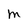
Character: M